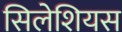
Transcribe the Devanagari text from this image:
सिलेशियस